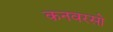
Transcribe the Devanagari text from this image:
कनवरसो